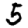
Digit: 5